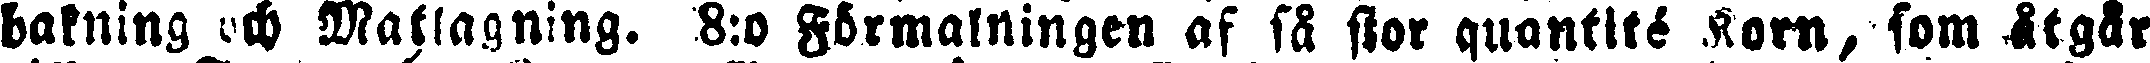
bakning och Matlagning. 8:0 Förmalningen af så stor quantité Korn, som åtgår